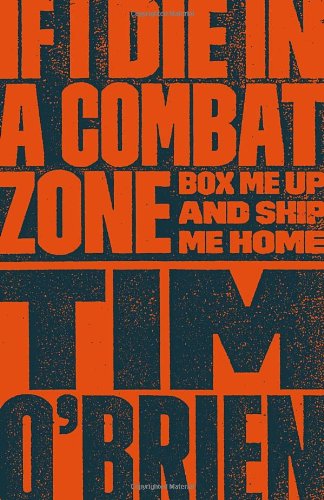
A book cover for If I Die in a Combat Zone: Box Me Up and Ship Me Home; Tim O'Brien; Biographies & Memoirs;